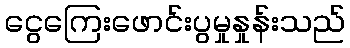
ငွေကြေးဖောင်းပွမှုနှုန်းသည်